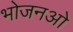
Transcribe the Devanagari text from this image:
भोजनओ